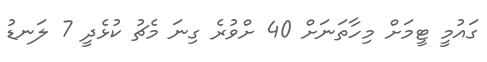
ގައުމީ ޓީމަށް މިހާތަނަށް 40 ށްވުރެ ގިނަ މެޗު ކުޅެދީ 7 ލަނޑު